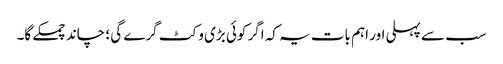
سب سے پہلی اور اہم بات یہ کہ اگر کوئی بڑی وکٹ گرے گی ؛ چاند چمکے گا۔